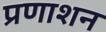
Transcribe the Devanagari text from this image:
प्रणाशन